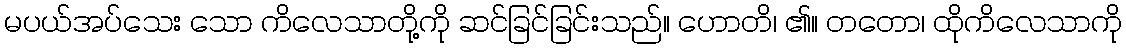
မပယ်အပ်သေး သော ကိလေသာတို့ကို ဆင်ခြင်ခြင်းသည်။ ဟောတိ၊ ၏။ တတော၊ ထိုကိလေသာကို